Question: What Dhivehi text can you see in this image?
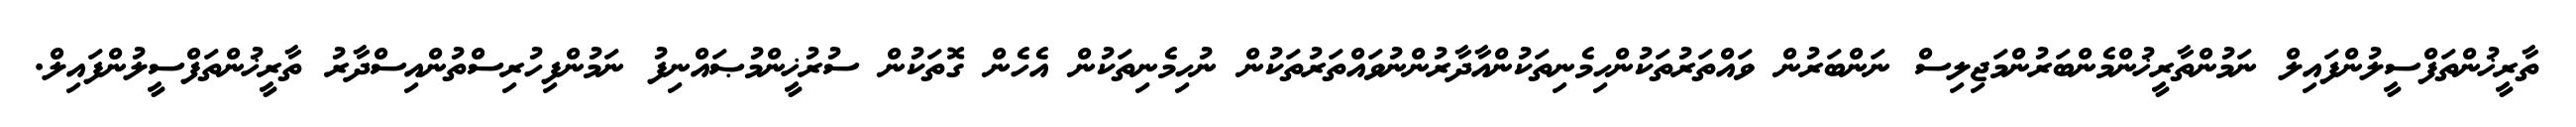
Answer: ތާރީޚުންތަފްސީލުންފައިލް ނަމުންތާރީޚުންމެންބަރުންމަޖިލިސް ނަންބަރުން ވައްތަރުތަކުންހިމެނިތަކުންއާދާރުންނުވައްތަރުތަކުން ނުހިމެނިތަކުން އެހެން ގޮތަކުން ސުރުޚީންމުޞައްނިފު ނަމުންފިހުރިސްތުންއިސްދާރު ތާރީޚުންތަފްސީލުންފައިލް.